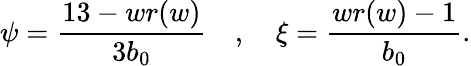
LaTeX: \psi=\frac{13-wr(w)}{3b_{0}}\quad,\quad\xi=\frac{wr(w)-1}{b_{0}}.